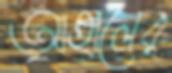
আহালের